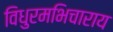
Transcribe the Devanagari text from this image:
विधुरमभिचाराय